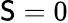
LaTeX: \mathsf{S}=0